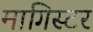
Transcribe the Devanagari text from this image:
मागिस्टर